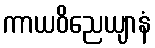
ကာယဝိညေယျာနံ